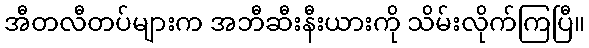
အီတလီတပ်များက အဘီဆီးနီးယားကို သိမ်းလိုက်ကြပြီ။